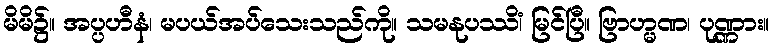
မိမိ၌။ အပ္ပဟီနံ၊ မပယ်အပ်သေးသည်ကို။ သမနုပဿိံ၊ မြင်ပြီ။ ဗြာဟ္မဏ၊ ပုဏ္ဏား။